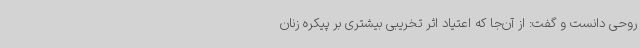
روحی دانست و گفت: از آن‌جا که اعتیاد اثر تخریبی بیشتری بر پیکره زنان